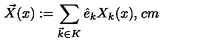
\vec { X } ( x ) : = \sum _ { \vec { k } \in K } \hat { e } _ { k } X _ { k } ( x ) , \hspace { 1 c m }